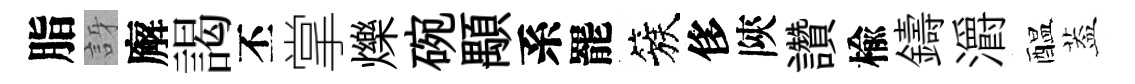
脂訝廨謁丕掌爍碗顒系罷簇侈陝讚楡鑄灂醖葢